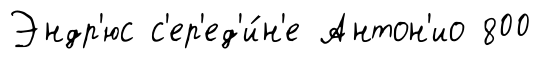
Эндр'юс с'ер'ед'и́н'е Антон'ио 800